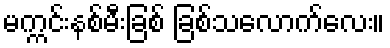
မက္ကင်းနစ်မီးခြစ် ခြစ်သလောက်လေး။